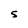
Character: 5